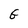
Character: G